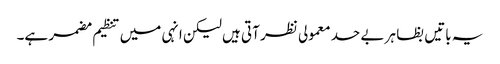
یہ باتیں بظا ہر بے حد معمولی نظر آتی ہیں لیکن انہی میں تنظیم مضمر ہے۔